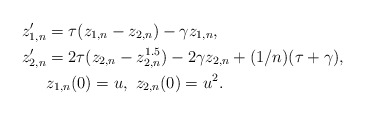
\begin{align*}z_{1,n}'&=\tau(z_{1,n}-z_{2,n})-\gamma z_{1,n},\\z_{2,n}'&=2\tau(z_{2,n}-z_{2,n}^{1.5})-2\gamma z_{2,n}+(1/n)(\tau+\gamma),\\&z_{1,n}(0)=u,\ z_{2,n}(0)=u^2.\end{align*}